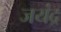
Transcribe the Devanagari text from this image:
जयंद्र